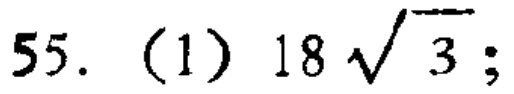
$55.\ (1)\ 18\sqrt{3};$